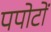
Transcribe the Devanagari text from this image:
पपोटों